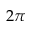
2 \pi